Vaccination in Burma 1900-1911 - 1900-1911
Year: 1900
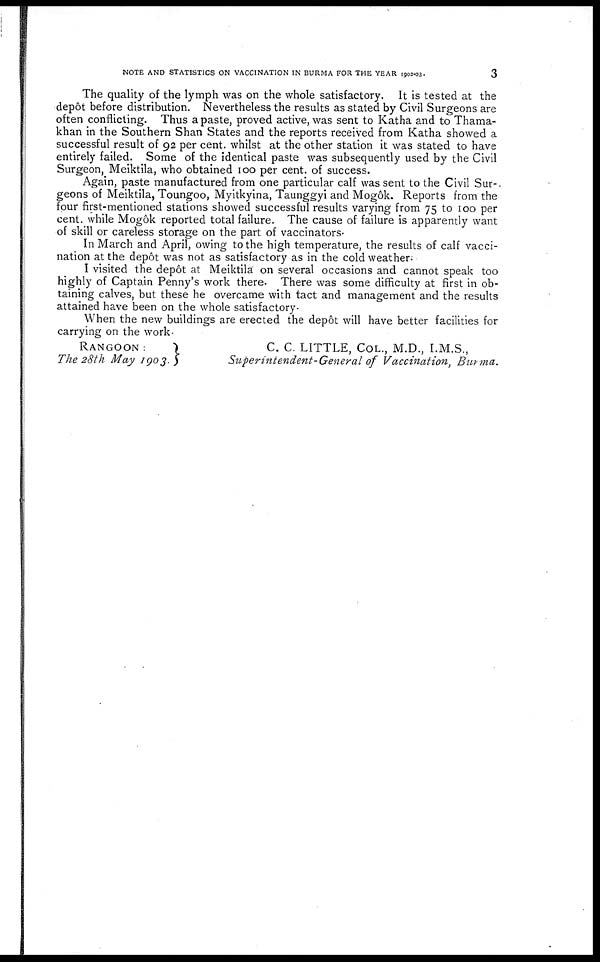
NOTE AND STATISTICS ON VACCINATION IN BURMA FOR THE YEAR 1902-03.
3
The quality of the lymph was on the whole satisfactory. It is tested at the
depôt before distribution. Nevertheless the results as stated by Civil Surgeons are
often conflicting. Thus a paste, proved active, was sent to Katha and to Thama-
khan in the Southern Shan States and the reports received from Katha showed a
successful result of 92 per cent. whilst at the other station it was stated to have
entirely failed. Some of the identical paste was subsequently used by the Civil
Surgeon, Meiktila, who obtained 100 per cent. of success.
Again, paste manufactured from one particular calf was sent to the Civil Sur-.
geons of Meiktila, Toungoo, Myitkyina, Taunggyi and Mogôk. Reports from the
four first-mentioned stations showed successful results varying from 75 to 100 per
cent. while Mogôk reported total failure. The cause of failure is apparently want
of skill or careless storage on the part of vaccinators.
In March and April, owing to the high temperature, the results of calf vacci-
nation at the depôt was not as satisfactory as in the cold weather;
I visited the depôt at Meiktila' on several occasions and cannot speak too
highly of Captain Penny's work there. There was some difficulty at first in ob-
taining calves, but these he overcame with tact and management and the results
attained have been on the whole satisfactory.
When the new buildings are erected the depôt will have better facilities for
carrying on the work.
RANGOON:
The 28th May 1903.
C. C. LITTLE, COL., M.D., I.M.S.,
Superintendent-General of Vaccination, Burma.